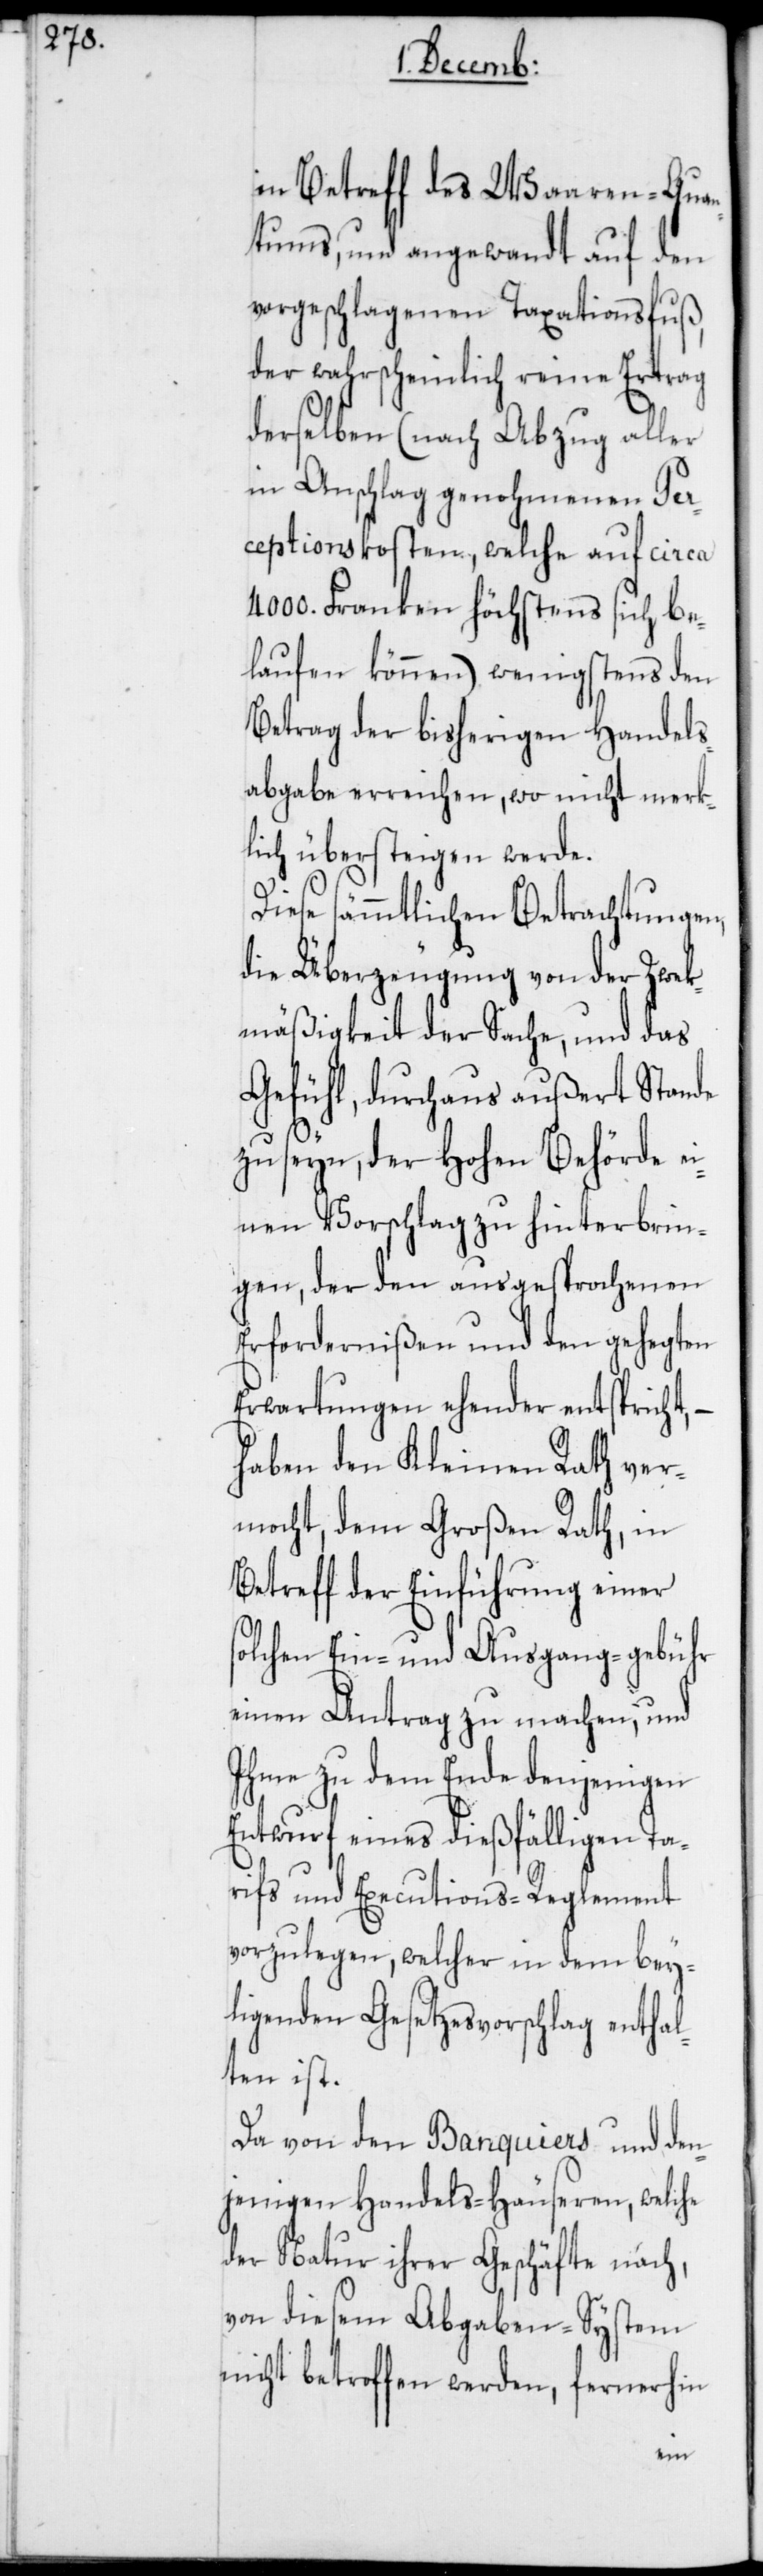
in Betreff des Waaren-Quan¬
tums, und angewandt auf den
vorgeschlagenen Taxationsfuß,
der wahrscheinlich reine Ertrag
derselben (nach Abzug aller
in Anschlag genohmenen Per¬
ceptionskosten, welche auf circa
4000. Franken höchstens sich be¬
laufen können), wenigstens den
Betrag der bisherigen Handels¬
abgabe erreichen, wo nicht merk¬
lich übersteigen werde.
Diese sämmtlichen Betrachtungen,
die Überzeugung von der Zwek¬
mäßigkeit der Sache, und das
Gefühl, durchaus außert Stande
zu seyn, der Hohen Behörde e¬
inen Vorschlag zu hinterbrin¬
gen, der den ausgesprochenen
Erfordernißen und den gehegten
Erwartungen ehender entspricht, –
haben den Kleinen Rath ver¬
mocht, dem Großen Rath, in
Betreff der Einführung einer
solchen Ein- und Ausgang-gebühr
einen Antrag zu machen, und
Ihme zu dem Ende denjenigen
Entwurf eines dießfälligen Ta¬
rifs und Executions-Reglement
vorzulegen, welcher in dem bey¬
ligenden Gesetzesvorschlag enthal¬
ten ist.
Da von den Banquiers und den¬
jenigen Handels-Häuseren, welche
der Natur ihrer Geschäfte nach,
von diesem Abgaben-System
nicht betroffen werden, fernerhin